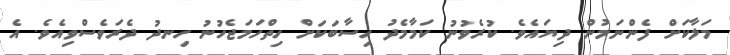
މަލާކަށް ފެންނަމުން ދިޔައެވެ. ކުރެވުނު ކަމާމެދު ހިސާބަކަށް ހިތްހަމަޖެހުނު ހިނދު ދެރަވެސްވިއެވެ. އެ